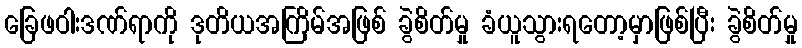
ခြေဖဝါးဒဏ်ရာကို ဒုတိယအကြိမ်အဖြစ် ခွဲစိတ်မှု ခံယူသွားရတော့မှာဖြစ်ပြီး ခွဲစိတ်မှု